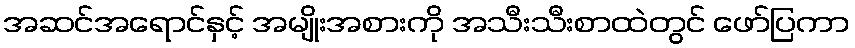
အဆင်အရောင်နှင့် အမျိုးအစားကို အသီးသီးစာထဲတွင် ဖော်ပြကာ